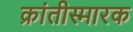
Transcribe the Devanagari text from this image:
क्रांतीस्मारक